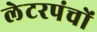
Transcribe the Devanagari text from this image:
लेटरपंचों